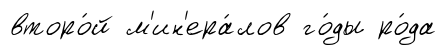
второ́й м'ин'ера́лов го́ды ро́да